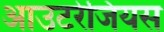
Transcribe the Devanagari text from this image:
आउटरेजियस